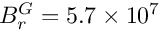
B _ { r } ^ { G } = 5 . 7 \times 1 0 ^ { 7 }